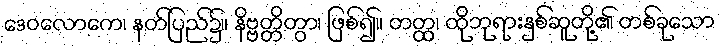
ဒေဝလောကေ၊ နတ်ပြည်၌။ နိဗ္ဗတ္တိတွာ၊ ဖြစ်၍။ တတ္ထ၊ ထိုဘုရားနှစ်ဆူတို့၏ တစ်ခုသော